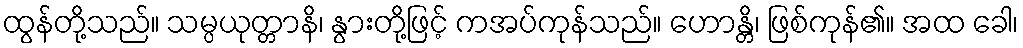
ထွန်တို့သည်။ သမ္ပယုတ္တာနိ၊ နွားတို့ဖြင့် ကအပ်ကုန်သည်။ ဟောန္တိ၊ ဖြစ်ကုန်၏။ အထ ခေါ၊